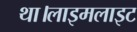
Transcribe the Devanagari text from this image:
था।लाइमलाइट